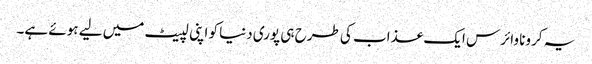
یہ کرونا وائرس ایک عذاب کی طرح ہی پوری دنیا کو اپنی لپیٹ میں لیے ہوئے ہے۔